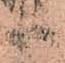
等